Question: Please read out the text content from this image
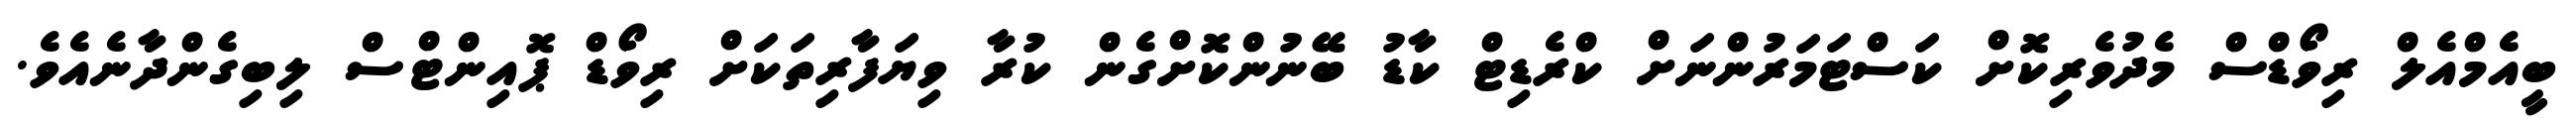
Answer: ބީއެމްއެލް ރިވޯޑްސް މެދުވެރިކޮށް ކަސްޓަމަރުންނަށް ކްރެޑިޓް ކާޑު ބޭނުންކޮށްގެން ކުރާ ވިޔަފާރިތަކަށް ރިވޯޑް ޕޮއިންޓްސް ލިބިގެންދާނެއެވެ.